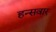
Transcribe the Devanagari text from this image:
हन्सवार